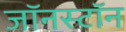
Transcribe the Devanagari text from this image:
जॉनस्टॉन